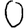
Digit: 0